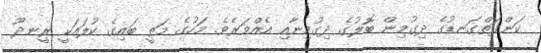
ކަންފަތްގަނޑުގެ ދިގުމިން ބޮލުގެ ދިގުމިނާއި އެއްވަރެވެ. މަހުގެ މަތީ ބައިގެ ކުލައަކީ ރީނދޫ